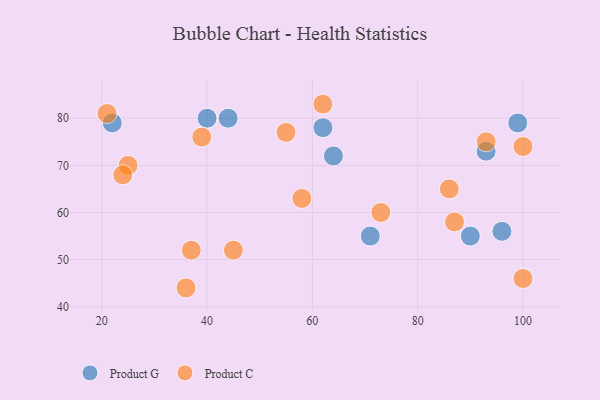
{"axis": {"x": "GDP", "y": "Life Expectancy"}, "legend": ["Product C", "Product G"], "data": [{"x": "90", "y": 55, "type": "Product G"}, {"x": "71", "y": 55, "type": "Product G"}, {"x": "96", "y": 56, "type": "Product G"}, {"x": "99", "y": 79, "type": "Product G"}, {"x": "40", "y": 80, "type": "Product G"}, {"x": "44", "y": 80, "type": "Product G"}, {"x": "62", "y": 78, "type": "Product G"}, {"x": "93", "y": 73, "type": "Product G"}, {"x": "64", "y": 72, "type": "Product G"}, {"x": "22", "y": 79, "type": "Product G"}, {"x": "100", "y": 74, "type": "Product C"}, {"x": "21", "y": 81, "type": "Product C"}, {"x": "62", "y": 83, "type": "Product C"}, {"x": "25", "y": 70, "type": "Product C"}, {"x": "93", "y": 75, "type": "Product C"}, {"x": "73", "y": 60, "type": "Product C"}, {"x": "37", "y": 52, "type": "Product C"}, {"x": "86", "y": 65, "type": "Product C"}, {"x": "58", "y": 63, "type": "Product C"}, {"x": "39", "y": 76, "type": "Product C"}, {"x": "100", "y": 46, "type": "Product C"}, {"x": "36", "y": 44, "type": "Product C"}, {"x": "45", "y": 52, "type": "Product C"}, {"x": "24", "y": 68, "type": "Product C"}, {"x": "87", "y": 58, "type": "Product C"}, {"x": "55", "y": 77, "type": "Product C"}]}